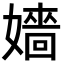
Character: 嬙